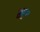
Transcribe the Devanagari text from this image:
म॰